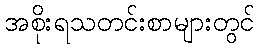
အစိုးရသတင်းစာများတွင်